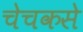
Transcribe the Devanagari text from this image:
चेचकसे